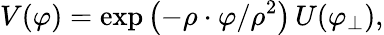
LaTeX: V(\varphi)=\exp\left(-\rho\cdot\varphi/\rho^{2}\right)\, U(\varphi_{\perp}),